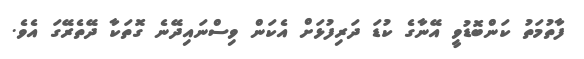
ފާތުމަތު ކަންބޮޑުވީ އޭނާގެ ކުޑަ ދަރިފުޅަށް އެކަން ވިސްނައިދޭނެ ގޮތަކާ ދޭތެރޭގަ އެވެ.